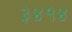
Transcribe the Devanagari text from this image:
३४१४